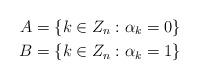
LaTeX: \begin{align*}A &= \{k \in Z_n : \alpha_k = 0\} \\B &= \{k \in Z_n : \alpha_k = 1\} \end{align*}